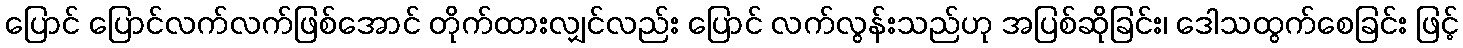
ပြောင် ပြောင်လက်လက်ဖြစ်အောင် တိုက်ထားလျှင်လည်း ပြောင် လက်လွန်းသည်ဟု အပြစ်ဆိုခြင်း၊ ဒေါသထွက်စေခြင်း ဖြင့်